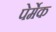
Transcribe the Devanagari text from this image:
पेर्मेक